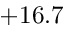
+ 1 6 . 7